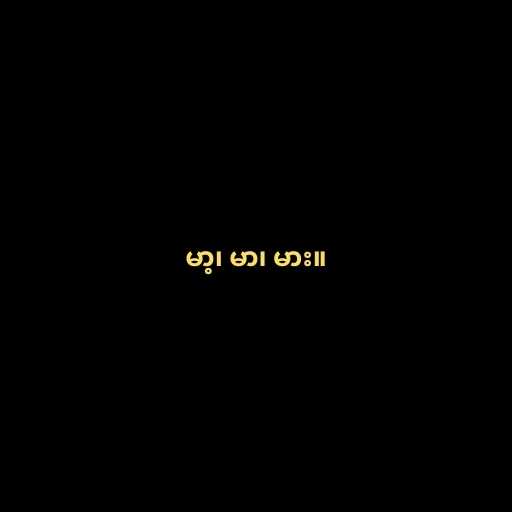
မာ့၊ မာ၊ မား။